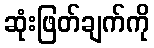
ဆုံးဖြတ်ချက်ကို